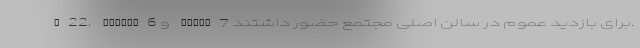
X22، Arizzo6 و Tiggo7 برای بازدید عموم در سالن اصلی مجتمع حضور داشتند.